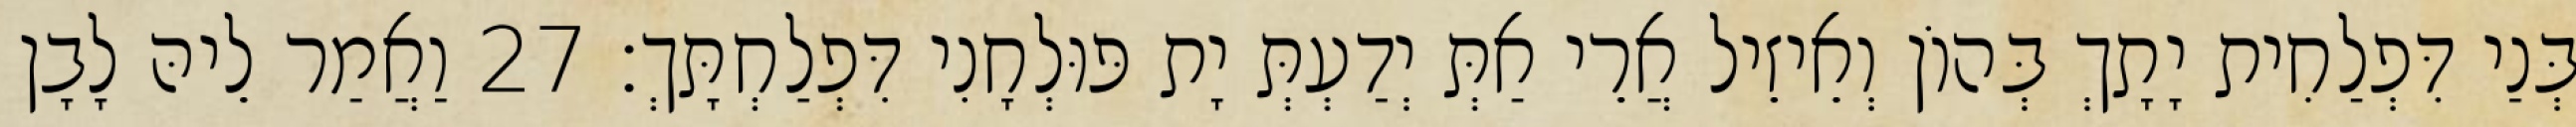
בְּנַי דִּפְלַחִית יָתָךְ בְּהוֹן וְאֵיזֵיל אֲרֵי אַתְּ יְדַעְתְּ יָת פּוּלְחָנִי דִּפְלַחְתָּךְ׃ 27 וַאֲמַר לֵיהּ לָבָן